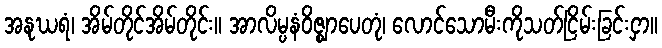
အနုဃရံ၊ အိမ်တိုင်အိမ်တိုင်း။ အာလိမ္ပနံဝိဇ္ဈာပေတုံ၊ လောင်သောမီးကိုသတ်ငြိမ်းခြင်းငှာ။